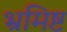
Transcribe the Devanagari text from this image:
भ्रमिष्ट